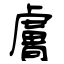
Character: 膚